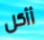
أأكل